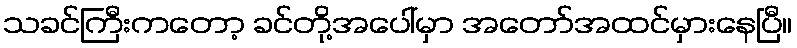
သခင်ကြီးကတော့ ခင်တို့အပေါ်မှာ အတော်အထင်မှားနေပြီ။